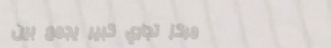
مركز تجاري كبير يجمع بين